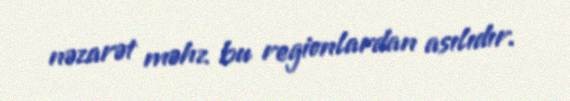
nəzarət məhz bu regionlardan asılıdır.